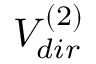
V _ { d i r } ^ { ( 2 ) }